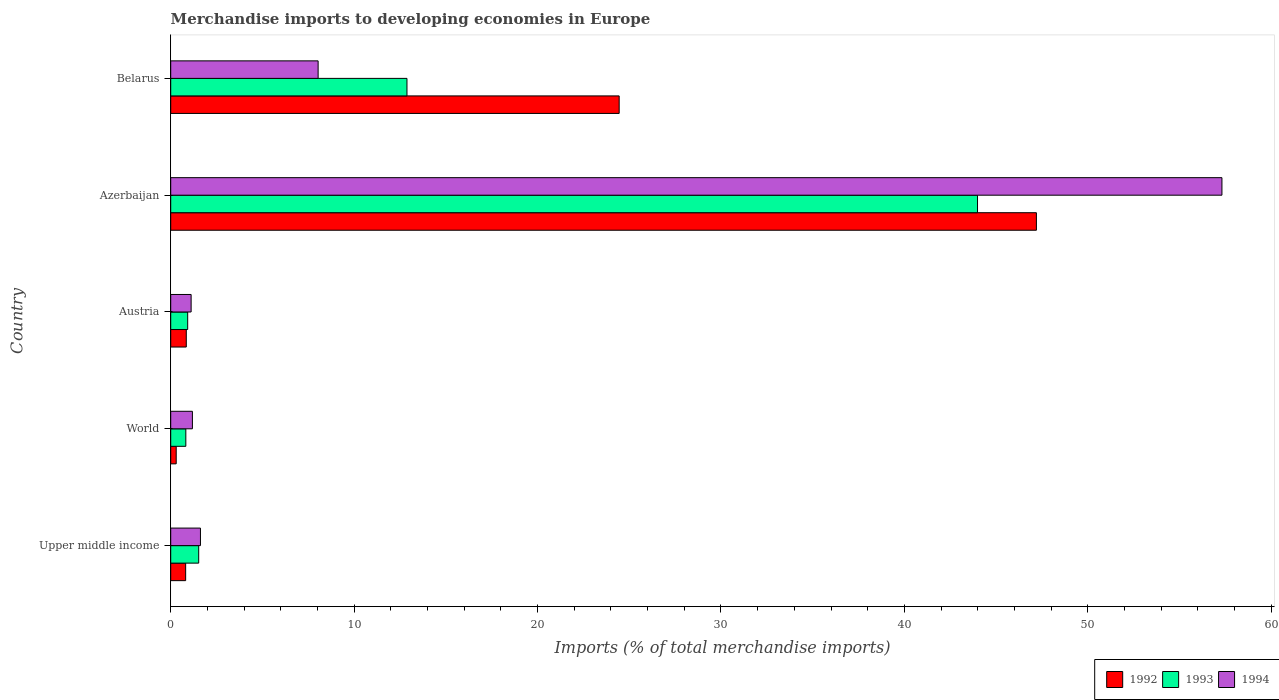
| Country | 1992 | 1993 | 1994 |
 | --- | --- | --- | --- |
 | Upper middle income | 0.815 | 1.53 | 1.62 |
 | World | 0.299 | 0.824 | 1.18 |
 | Austria | 0.848 | 0.925 | 1.11 |
 | Azerbaijan | 47.2 | 44 | 57.3 |
 | Belarus | 24.5 | 12.9 | 8.04 |